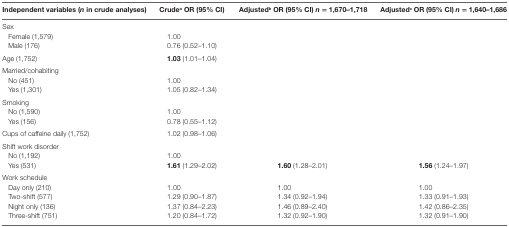
| Independent variables (n in crude analyses) | Crudea OR (95% CI) | Adjustedb OR (95% CI) n = 1,670–1,718 | Adjustedc OR (95% CI) n = 1,640–1,686 |
 | --- | --- | --- | --- |
 | Sex |  | <ROWSPAN=3>  | <ROWSPAN=3>  |
 | Female (1,579) | 1.00 |
 | Male (176) | 0.76 (0.52–1.10) |
 | Age (1,752) | 1.03 (1.01–1.04) |  |  |
 | Married/cohabiting |  | <ROWSPAN=3>  | <ROWSPAN=3>  |
 | No (451) | 1.00 |
 | Yes (1,301) | 1.05 (0.82–1.34) |
 | Smoking |  | <ROWSPAN=3>  | <ROWSPAN=3>  |
 | No (1,590) | 1.00 |
 | Yes (156) | 0.78 (0.55–1.12) |
 | Cups of caffeine daily (1,752) | 1.02 (0.98–1.06) |  |  |
 | Shift work disorder |  |  |  |
 | No (1,192) | 1.00 |  |  |
 | Yes (531) | 1.61 (1.29–2.02) | 1.60 (1.28–2.01) | 1.56 (1.24–1.97) |
 | Work schedule |  |  |  |
 | Day only (210) | 1.00 | 1.00 | 1.00 |
 | Two-shift (577) | 1.29 (0.90–1.87) | 1.34 (0.92–1.94) | 1.33 (0.91–1.93) |
 | Night only (136) | 1.37 (0.84–2.23) | 1.46 (0.89–2.40) | 1.42 (0.86–2.35) |
 | Three-shift (751) | 1.20 (0.84–1.72) | 1.32 (0.92–1.90) | 1.32 (0.91–1.90) |